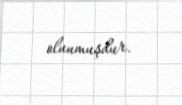
olunmuşdur.